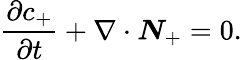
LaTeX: \frac{\partial c_{+}}{\partial t}+\nabla\cdot\boldsymbol{N}_{+}=0.